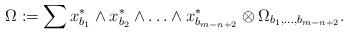
LaTeX: \begin{align*}\Omega:=\sum x^*_{b_1} \wedge x^*_{b_2} \wedge \ldots \wedge x^*_{b_{m-n+2}} \otimes \Omega_{b_1,\ldots,b_{m-n+2}}.\end{align*}